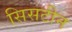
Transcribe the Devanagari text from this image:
सिसटीन